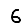
Digit: 6